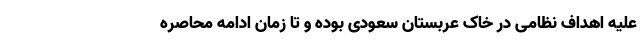
علیه اهداف نظامی در خاک عربستان سعودی بوده و تا زمان ادامه محاصره